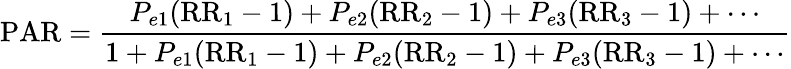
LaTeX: {\mathrm{PAR}}={\frac{P_{e1}({\mathrm{RR}}_{1}-1)+P_{e2}({\mathrm{RR}}_{2}-1)+P_{e3}({\mathrm{RR}}_{3}-1)+\cdots}{1+P_{e1}({\mathrm{RR}}_{1}-1)+P_{e2}({\mathrm{RR}}_{2}-1)+P_{e3}({\mathrm{RR}}_{3}-1)+\cdots}}